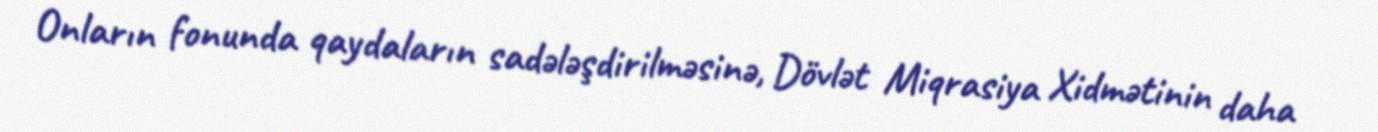
Onların fonunda qaydaların sadələşdirilməsinə, Dövlət Miqrasiya Xidmətinin daha